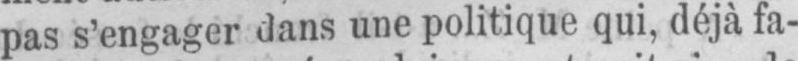
pas s’engager dans une politique qui, déjà fa-